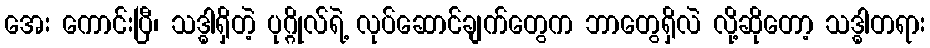
အေး ကောင်းပြီ၊ သဒ္ဓါရှိတဲ့ ပုဂ္ဂိုလ်ရဲ့ လုပ်ဆောင်ချက်တွေက ဘာတွေရှိလဲ လို့ဆိုတော့ သဒ္ဓါတရား